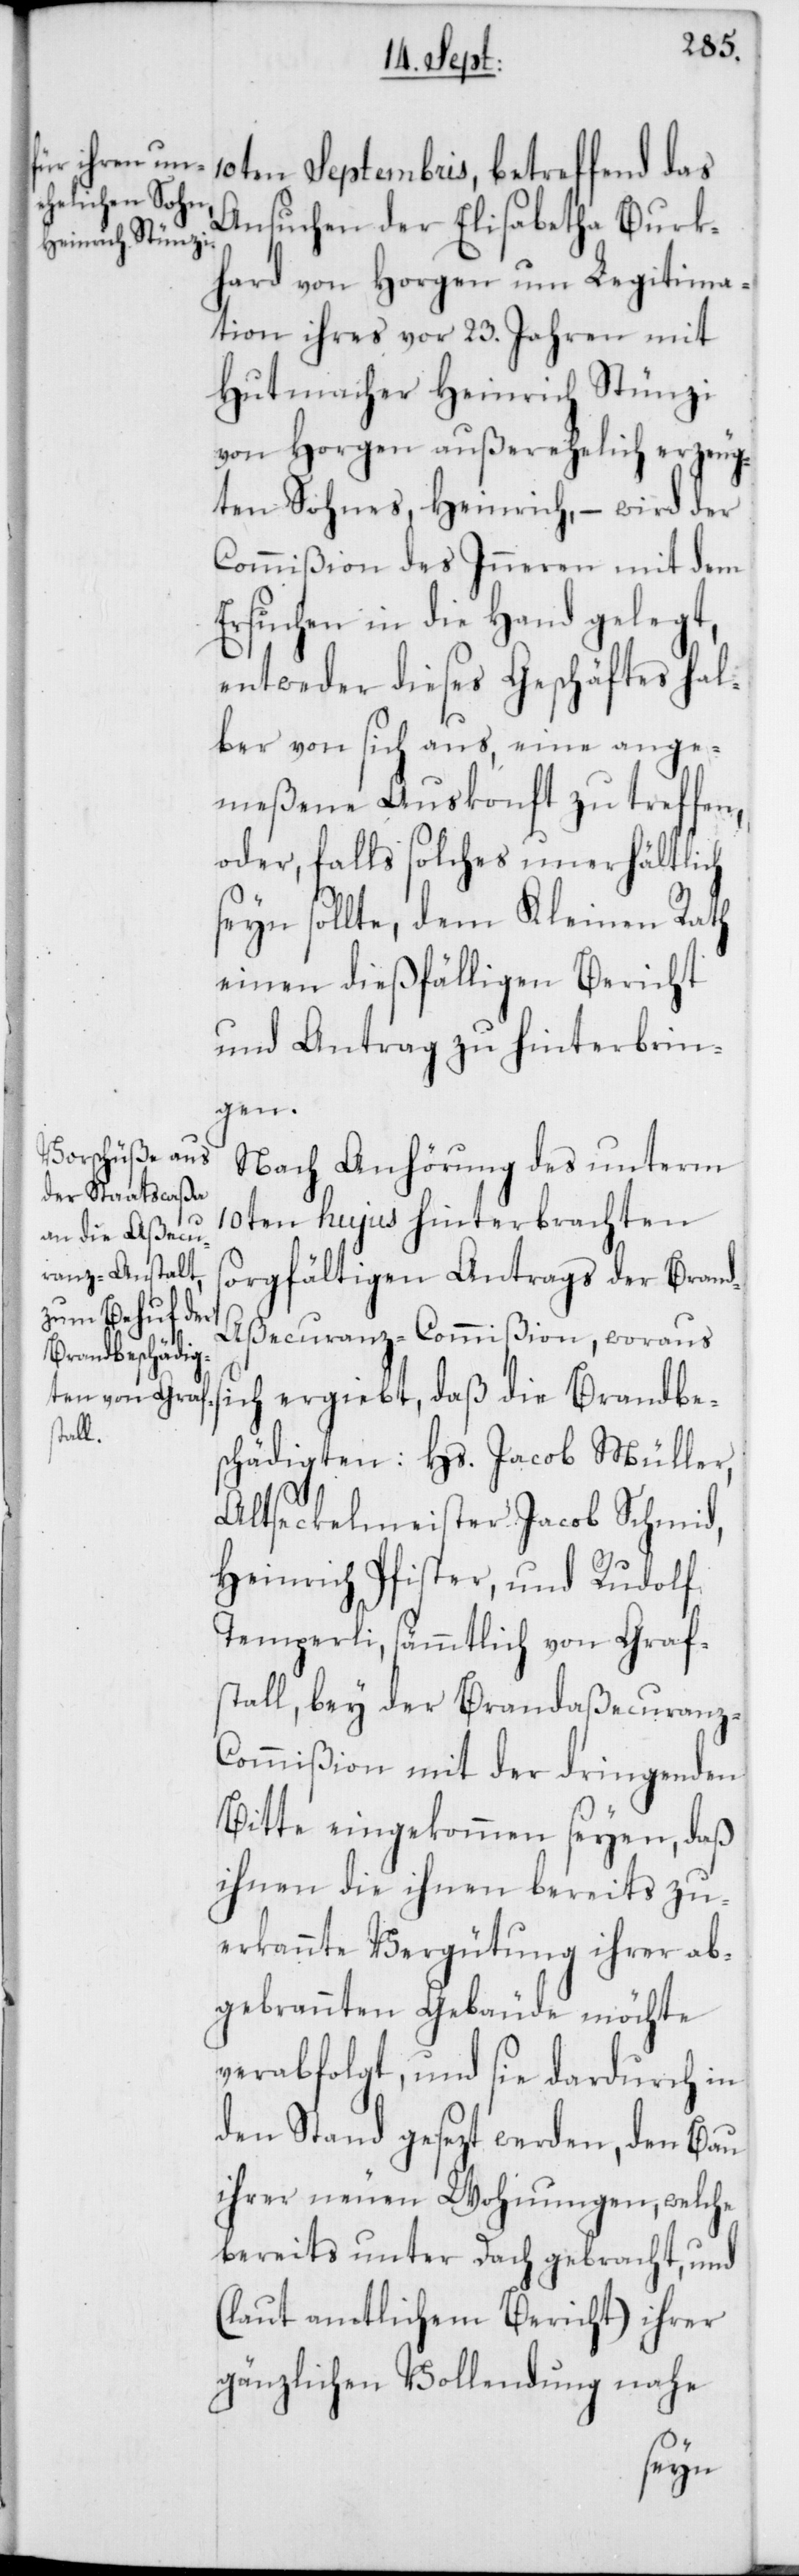
10ten Septembris, betreffend das
Ansuchen der Elisabetha Burk¬
hard von Horgen um Legitima¬
tion ihres vor 23. Jahren mit
Hutmacher Heinrich Stünzi
von Horgen außerehelich erzeug¬
ten Sohnes, Heinrich, – wird der
Commißion des Inneren mit dem
Ersuchen in die Hand gelegt,
entweder dieses Geschäftes hal¬
ber von sich aus, eine ange¬
meßene Auskonft zu treffen,
oder falls solches unerhältlich
seyn sollte, dem Kleinen Rath
einen dießfälligen Bericht
und Antrag zu hinterbrin¬
gen.
Nach Anhörung des unterm
10ten hujus hinterbrachten
sorgfältigen Antrags der Brand¬
aßecuranz-Commißion, woraus
sich ergiebt, daß die Brandbe¬
schädigten: Hs. Jacob Müller,
Altseckelmeister Jacob Schmid,
Heinrich Pfister, und Rudolf
Temperli, sämmtlich von Graf¬
stall, bey der Brandaßecuranz-C¬
ommißion mit der dringenden
Bitte eingekommen seyen, daß
ihnen die ihnen bereits zu¬
erkannte Vergütung ihrer ab¬
gebrannten Gebäude möchte
verabfolgt, und sie dardurch in
den Stand gesezt werden, den Bau
ihrer neuen Wohnungen, welche
bereits unter Dach gebracht, und
(laut amtlichem Bericht) ihrer
gänzlichen Vollendung nahe